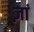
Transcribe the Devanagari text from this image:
ज़ां